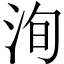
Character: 洵